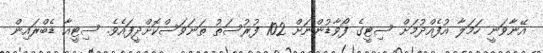
އޭނާވަނީ ހަމަލާ އުފެއްދުމަށް ސިޓީގެ ފޯވާޑުންނަށް 102 ފުރުސަތު ތަނަވަސްކޮށްދީފައެވެ. ސިޓީއާ ޑެބްރައިން